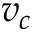
v _ { c }